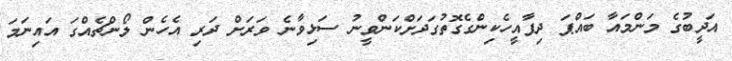
އަދީބުގެ މަންމައާ ބައްޕަ ދިފާއީހެކިންގެގޮތުގަދަށްކަންވީނު ސަޅިވާނެ ވަރަށް ދަރި އެހެން ލޯންޗެއްގަ އައިނަމަ